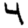
Digit: 4